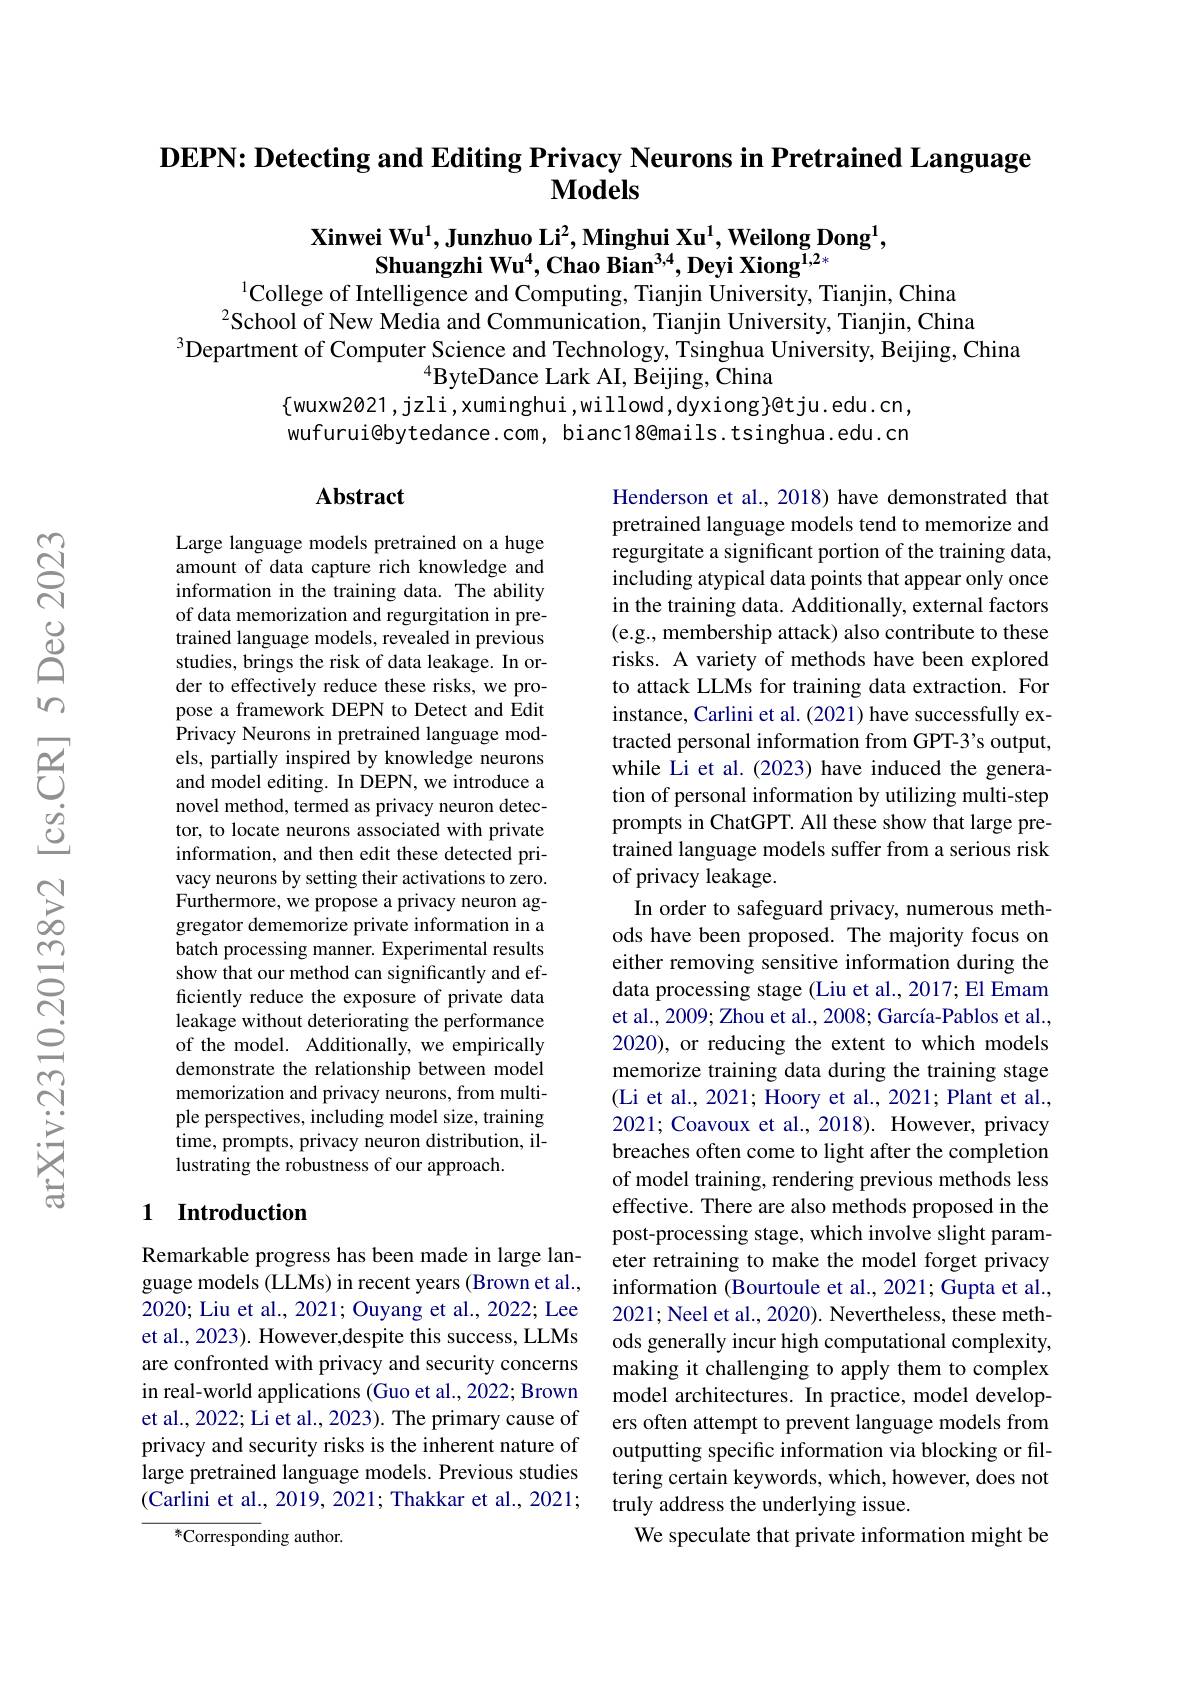
## DEPN: Detecting and Editing Privacy Neurons in Pretrained Language $\mathbf{Models}$

$\mathbf{Xinwei~Wu}^1,\textbf{Junzhuo Li}^2,\textbf{Minghui Xu}^1,\textbf{Weilong Dong}^1$,
Shuangzhi Wu$^4$,Chao Bian$^3,4,\textbf{Deyi Xiong}^{1,2*}$
$^{1}$College of Intelligence and Computing, Tianjin University, Tianjin, China

$^{2}$School of New Media and Communication, Tianjin University, Tianjin, China
$^{3}$Department of Computer Science and Technology, Tsinghua University, Beijing, China
$^{4}$ByteDance Lark AI, Beijing, Čhina
$\{$wuxw2021,jzli,xuminghui,willowd,dyxiong}@tju.edu.cn, wufurui@bytedance.com, bianc18@mails.tsinghua.edu.cn

### Abstract

Large language models pretrained on a huge amount of data capture rich knowledge and information in the training data. The ability of data memorization and regurgitation in pretrained language models, revealed in previous studies, brings the risk of data leakage. In order to effectively reduce these risks, we propose a framework DEPN to Detect and Edit Privacy Neurons in pretrained language models, partially inspired by knowledge neurons and model editing. In DEPN, we introduce a novel method, termed as privacy neuron detector, to locate neurons associated with private information, and then edit these detected privacy neurons by setting their activations to zero. Furthermore, we propose a privacy neuron aggregator dememorize private information in a batch processing manner. Experimental results show that our method can significantly and efficiently reduce the exposure of private data leakage without deteriorating the performance of the model. Additionally, we empirically demonstrate the relationship between model memorization and privacy neurons, from multiple perspectives, including model size, training time, prompts, privacy neuron distribution, illustrating the robustness of our approach.

Henderson et al., 2018) have demonstrated that pretrained language models tend to memorize and regurgitate a significant portion of the training data, including atypical data points that appear only once in the training data. Additionally, external factors (e.g., membership attack) also contribute to these risks. A variety of methods have been explored to attack LLMs for training data extraction. For instance, Carlini et al. (2021) have successfully extracted personal information from GPT-3's output, while Li et al.(2023) have induced the generation of personal information by utilizing multi-step prompts in ChatGPT. All these show that large pretrained language models suffer from a serious risk of privacy leakage.
In order to safeguard privacy, numerous methods have been proposed. The majority focus on either removing sensitive information during the data processing stage (Liu et al., 2017; El Emam et al., 2009; Zhou et al., 2008; García-Pablos et al., 2020), or reducing the extent to which models memorize training data during the training stage (Li et al., 2021; Hoory et al., 2021; Plant et al., 2021; Coavoux et al., 2018). However, privacy breaches often come to light after the completion of model training, rendering previous methods less effective. There are also methods proposed in the post-processing stage, which involve slight parameter retraining to make the model forget privacy information (Bourtoule et al., 2021; Gupta et al., 2021; Neel et al., 2020). Nevertheless, these methods generally incur high computational complexity, making it challenging to apply them to complex model architectures. In practice, model developers often attempt to prevent language models from outputting specific information via blocking or filtering certain keywords, which, however, does not truly address the underlying issue.
We speculate that private information might be

## 1 $\textbf{Introduction}$

Remarkable progress has been made in large language models (LLMs) in recent years (Brown et al., 2020; Liu et al., 2021; Ouyang et al., 2022; Lee et al., 2023). However,despite this success, LLMs are confronted with privacy and security concerns in real-world applications (Guo et al., 2022; Brown et al., 2022; Li et al., 2023). The primary cause of privacy and security risks is the inherent nature of large pretrained language models. Previous studies (Carlini et al., 2019, 2021; Thakkar et al., 2021;

${^{*}\text{Correspon}}$ding author.